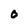
Character: 0